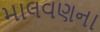
માલવણના